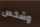
وشخص